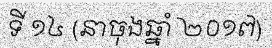
ទី ១៤ (នាចុងឆ្នាំ ២០១៧)